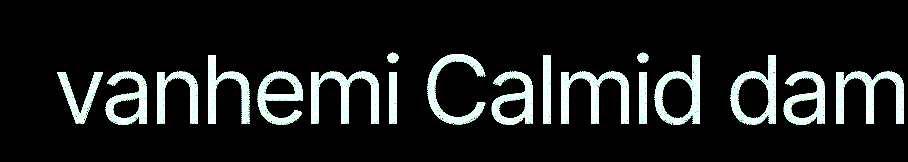
vanhemi Calmid dam